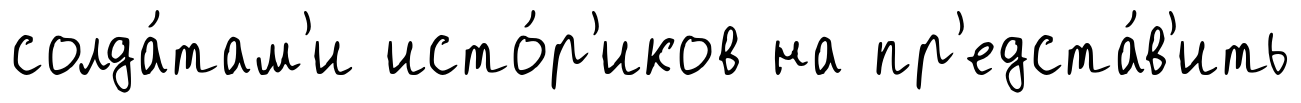
солда́там'и исто́р'иков на пр'едста́в'ить